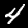
Label: 4